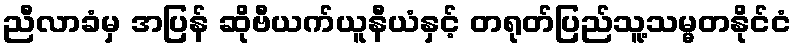
ညီလာခံမှ အပြန် ဆိုဗီယက်ယူနီယံနှင့် တရုတ်ပြည်သူ့သမ္မတနိုင်ငံ